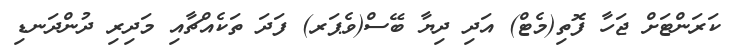
ކަރަންޓަށް ޖަހާ ފޮތި(މެޓް) އަދި ދިޔާ ބޭސް(ވެޕަރ) ފަދަ ތަކެއްޗާއި މަދިރި ދުންދަނޑި